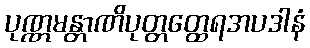
ပုဏ္ဏမန္တာဏိပုတ္တတ္ထေရအပဒါနံ